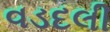
વડદલી